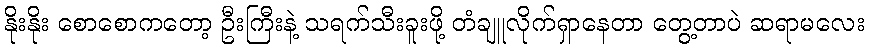
နိုးနိုး စောစောကတော့ ဦးကြီးနဲ့ သရက်သီးခူးဖို့ တံချူလိုက်ရှာနေတာ တွေ့တာပဲ ဆရာမလေး